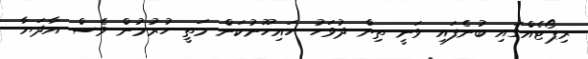
ރިޕޯޓެއްގައި ބުނެފައި ވަނީ ތިން ދުވަހު ހައިހޫނުކަން މަތީ ހުރުމުން ވެސް އާދަޔާ